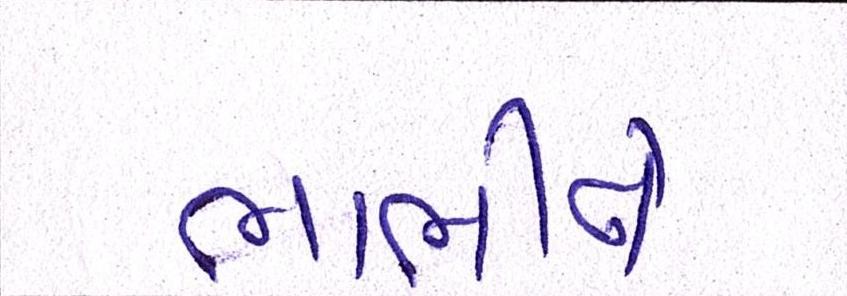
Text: ભાભીને